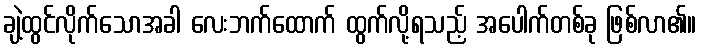
ချဲ့ထွင်လိုက်သောအခါ လေးဘက်ထောက် ထွက်လို့ရသည့် အပေါက်တစ်ခု ဖြစ်လာ၏။